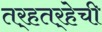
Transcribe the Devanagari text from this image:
तर्‍हतर्‍हेची